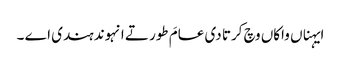
ایہناں واکاں وچ کرتا دی عامَ طور تے انہوند ہندی اے ۔